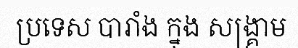
ប្រទេស បារាំង ក្នុង សង្គ្រាម